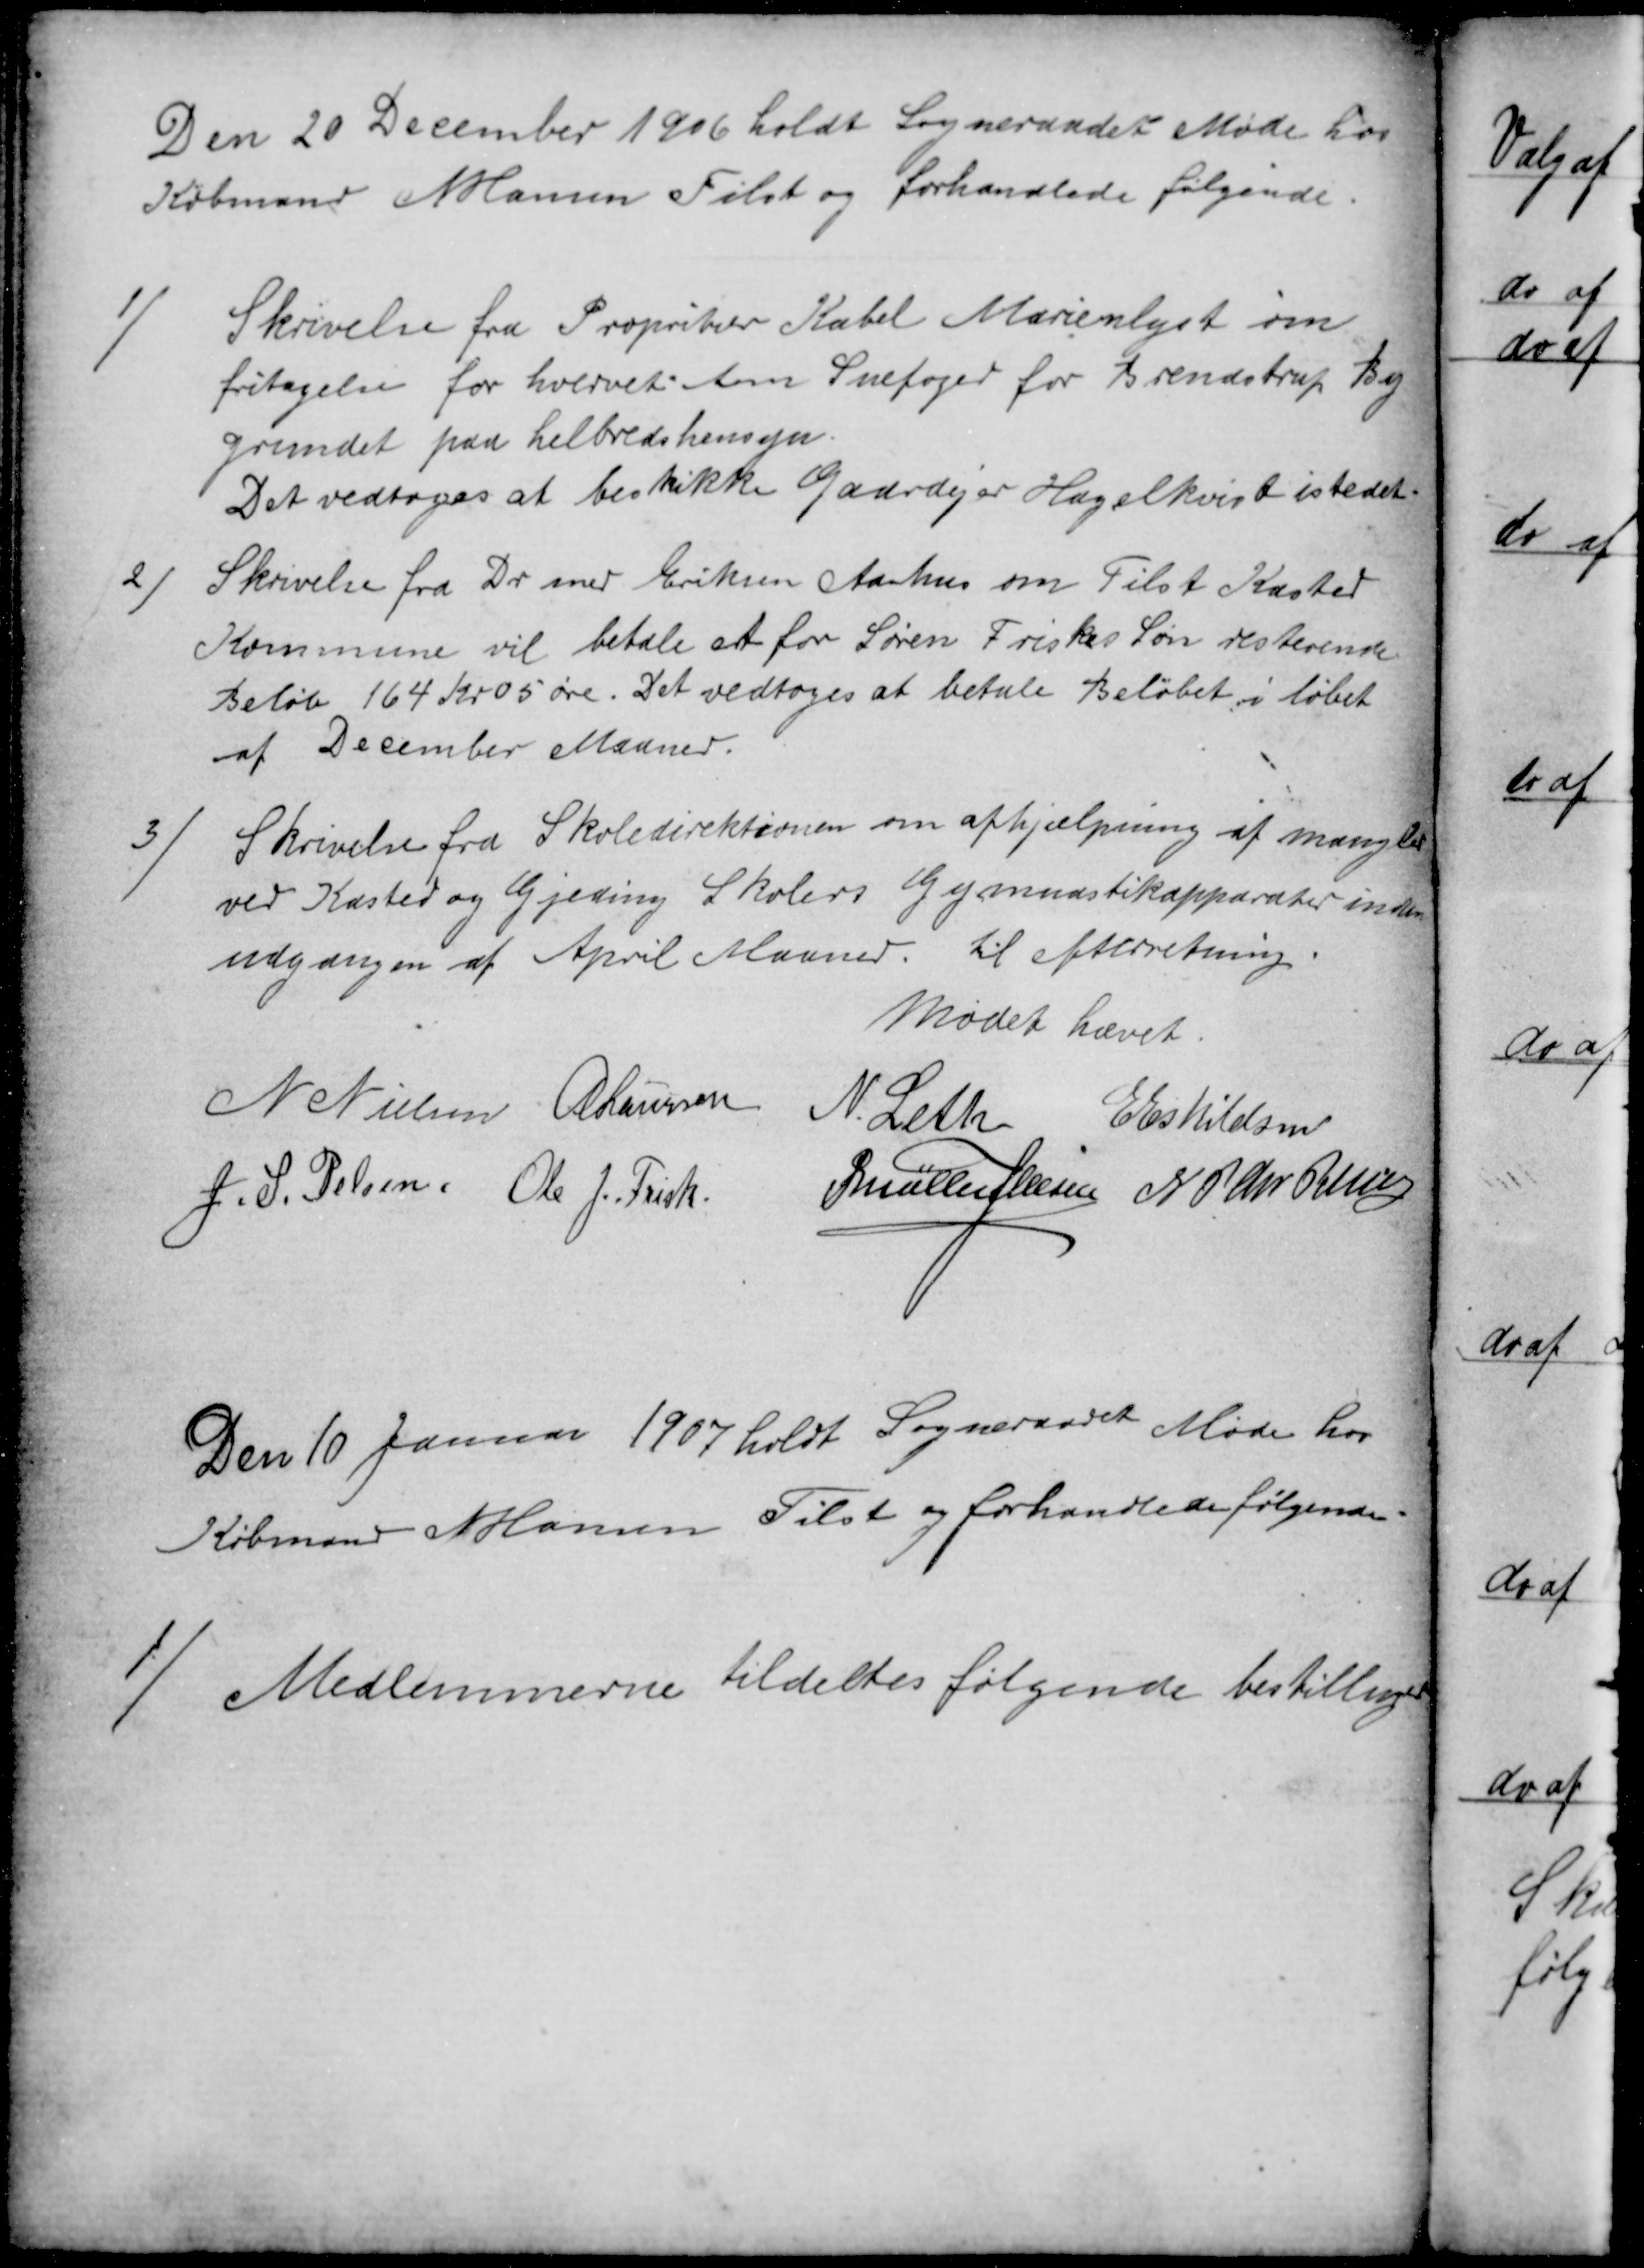
Transskription:
Den 20 December 1906 holdt Sogneraadet Møde hos
Købmand N Hansen Tilst og forhandlede følgende.
1)
Skrivelse fra Propritær Kabel Marienlyst om
fritagelse for hvervet som Snefoged for Brendstrup By
grundet paa helbredshensyn.
Det vedtoges at beskikke Gaardejer Hagelkvist istedet.
2)
Skrivelse fra Dr med Eriksen Aarhus om Tilst Kasted
Kommune vil betale et for Søren Friskes Søn resterende
Beløb 164 Kr 05 øre. Det vedtoges at betale Beløbet i løbet
af December Maaned.
3/
Skrivelse fra Skoledirektionen om afhjælpning af mangler
ved Kasted og Gjeding Skolers Gymnastikapparater inden
udgangen af April Maaned. til efterretning.
Mødet hævet.
N Nielsen
A Laursen
N. Leth
E Eskildsen
J. S. Pelsen
Ole J. Frisk
P Møller Jensen N P Chr Petersen
Den 10 Januar 1907 holdt Sogneraadet Møde hos
Købmand N Hansen Tilst og forhandlede følgende.
1)
Medlemmerne tildeltes følgende bestilliger